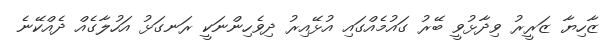
ޒާހިޔާ ޒަރީރު ވިދާޅުވީ ބޭރު ގައުމެއްގައި އުޅޭއިރު ދިވެހިންނަކީ ރަނގަޅު އަހުލާގެއް ދެއްކޭނެ